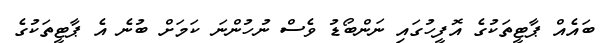
ބައެއް ޕާޓީތަކުގެ އޮފީހުގައި ނަންބޯޑު ވެސް ނުހުންނަ ކަމަށް ބުނެ އެ ޕާޓީތަކުގެ